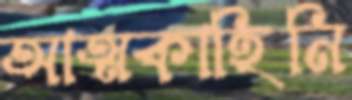
আত্মকাহিনি